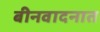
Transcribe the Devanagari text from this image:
बीनवादनात